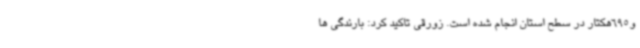
و695هکتار در سطح استان انجام شده است. زورقی تاکید کرد: بارندگی ها